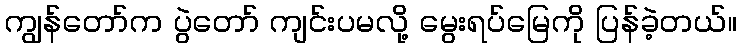
ကျွန်တော်က ပွဲတော် ကျင်းပမလို့ မွေးရပ်မြေကို ပြန်ခဲ့တယ်။